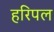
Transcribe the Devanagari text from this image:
हरिपल